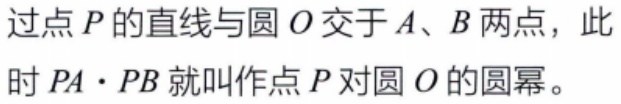
过点\(P\)的直线与圆\(O\)交于\(A、B\)两点，此时\(PA\cdot PB\)就叫作点\(P\)对圆\(O\)的圆幂。